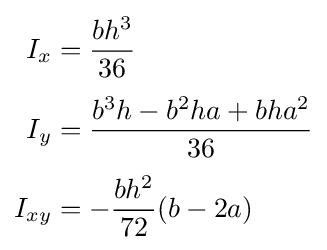
{\begin{aligned}I_{x}&={\frac {bh^{3}}{36}}\\[3pt]I_{y}&={\frac {b^{3}h-b^{2}ha+bha^{2}}{36}}\\[3pt]I_{xy}&=-{\frac {bh^{2}}{72}}(b-2a)\end{aligned}}